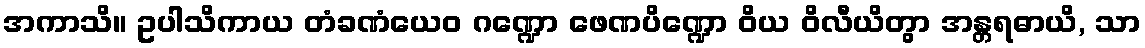
အကာသိ။ ဥပါသိကာယ တံခဏံယေဝ ဂဏ္ဍော ဖေဏပိဏ္ဍော ဝိယ ဝိလီယိတွာ အန္တရဓာယိ, သာ